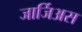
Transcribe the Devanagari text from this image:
जार्जिअस